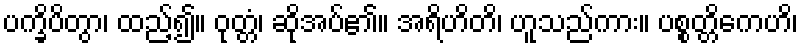
ပက္ခိပိတွာ၊ ထည့်၍။ ဝုတ္တံ၊ ဆိုအပ်၏။ အရိဟိတိ၊ ဟူသည်ကား။ ပစ္စတ္တိကေဟိ၊